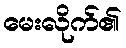
မေးလိုက်၏